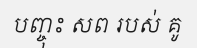
បញ្ចុះ សព របស់ គូ